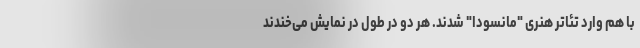
با هم وارد تئاتر هنری "مانسودا" شدند. هر دو در طول در نمایش می‌خندند